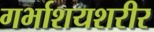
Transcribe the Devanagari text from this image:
गर्भाशयशरीर